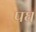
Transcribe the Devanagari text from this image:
पघ